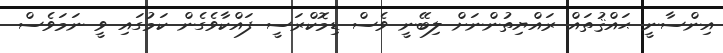
އިންސާނީ ޙައްޤުތައް ރައްޔިތުންނަށް ލިބޭނީ ވެސް ޑިމޮކްރަސީ ފައްކާވެގެން ކަމުގައި ވީ ނަމަވެސް